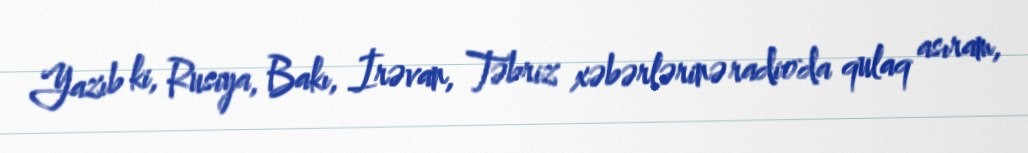
Yazıb ki, Rusiya, Bakı, İrəvan, Təbriz xəbərlərinə radioda qulaq asıram,